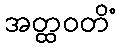
အတ္ထဝတိံ